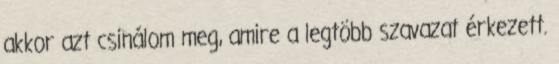
akkor azt csinálom meg, amire a legtöbb szavazat érkezett.